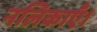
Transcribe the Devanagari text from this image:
नलिकाएँ।